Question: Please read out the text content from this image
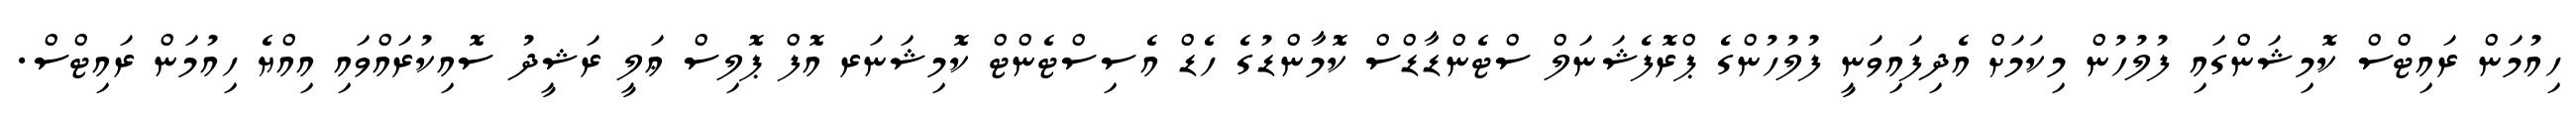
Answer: ހިއުމަން ރައިޓްސް ކޮމިޝަންގައި ފުލުހުން މިކަމަށް އެދިފައިވަނީ ފުލުހުންގެ ޕްރޮފެޝަނަލް ސްޓެންޑާޑްސް ކޮމާންޑުގެ ހެޑް އެސިސްޓެންޓް ކޮމިޝަނަރ އޮފް ޕޮލިސް ޢަލީ ރަޝީދު ސޮއިކުރައްވައި އިއްޔެ ހިއުމަން ރައިޓްސް.